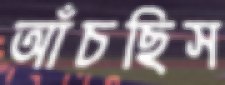
আঁচছিস